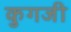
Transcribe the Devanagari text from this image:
कुगजी